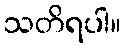
သတိရပါ။